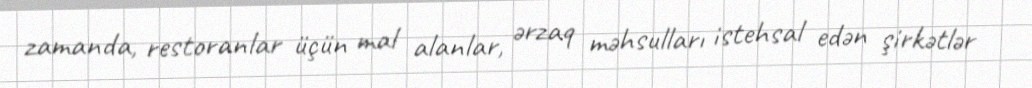
zamanda, restoranlar üçün mal alanlar, ərzaq məhsulları istehsal edən şirkətlər